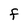
Character: f